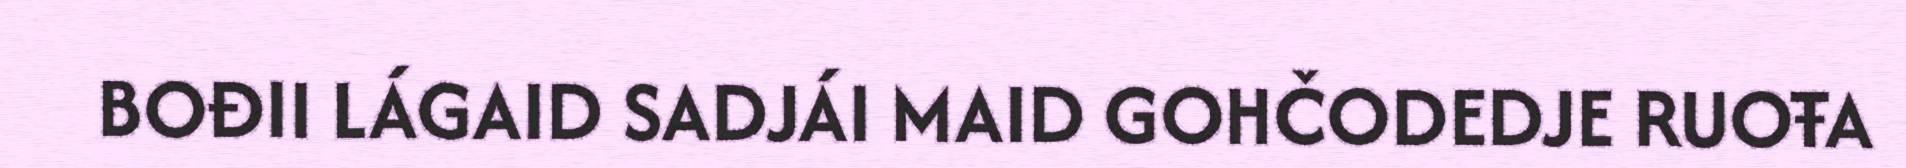
BOĐII LÁGAID SADJÁI MAID GOHČODEDJE RUOŦA